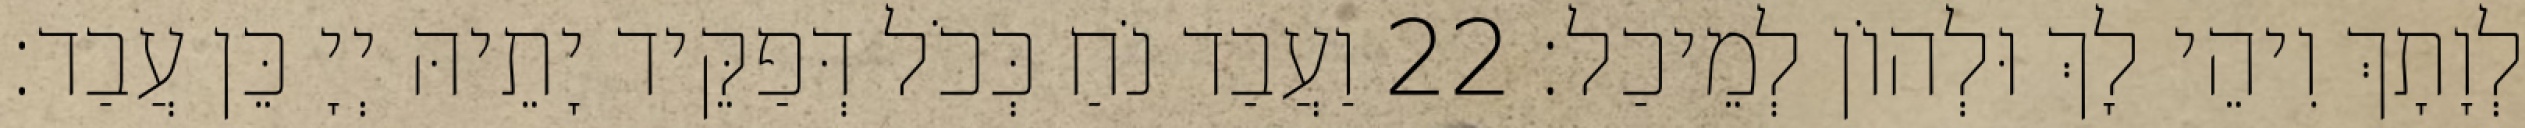
לְוָתָךְ וִיהֵי לָךְ וּלְהוֹן לְמֵיכַל׃ 22 וַעֲבַד נֹחַ כְּכֹל דְּפַקֵּיד יָתֵיהּ יְיָ כֵּן עֲבַד׃